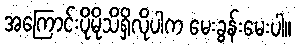
အကြောင်းပိုမိုသိရှိလိုပါက မေးခွန်းမေးပါ။